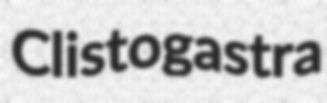
Clistogastra